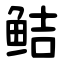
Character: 鲒